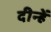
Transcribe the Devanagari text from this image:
दीन्‍हें